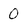
Character: 0